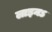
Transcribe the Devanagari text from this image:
लाइनऽ